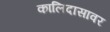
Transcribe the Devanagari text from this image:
कालिदासावर